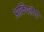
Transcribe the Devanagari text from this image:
आर्किपलेगो